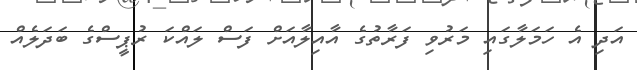
އަދި އެ ހަމަލާގައި މަރުވި ފަރާތުގެ އާއިލާއަށް ފަސް ލައްކަ ރުޕީސްގެ ބަދަލެއް